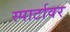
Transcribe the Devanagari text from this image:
स्पार्टावर